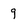
Character: q